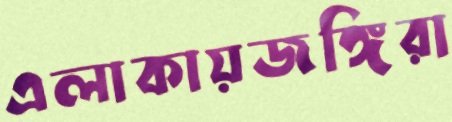
এলাকায়জঙ্গিরা